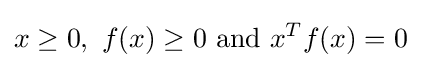
x\geq 0,\ f(x)\geq 0{\text{ and }}x^{T}f(x)=0